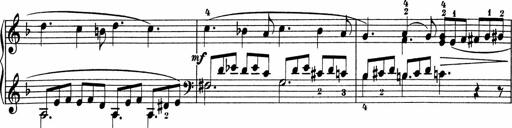
Title: 5 Sonatinen fÃ¼r die Jugend
Composer: Carl Reinecke